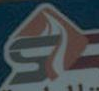
2